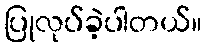
ပြုလုပ်ခဲ့ပါတယ်။